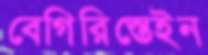
বেগিরিস্তেইন